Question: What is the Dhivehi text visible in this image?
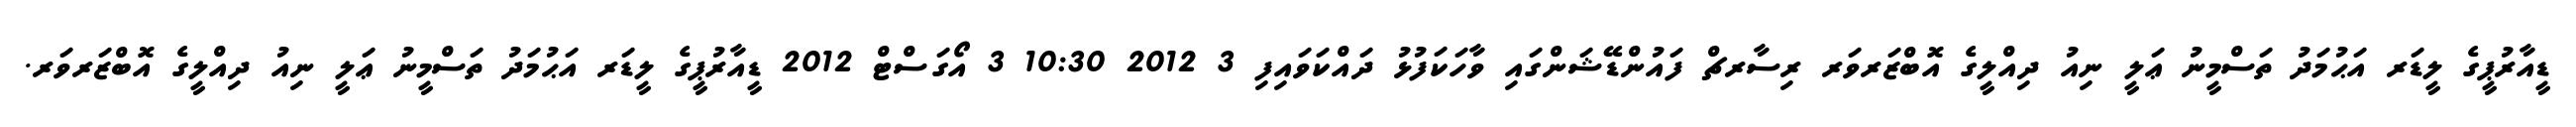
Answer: ޑީއާރުޕީގެ ލީޑަރ އަޙުމަދު ތަސްމީނު ޢަލީ ނިއު ދިއްލީގެ އޮބްޒަރވަރ ރިސާރޗް ފައުންޑޭޝަންގައި ވާހަކަފުޅު ދައްކަވައިފި 3 2012 10:30 3 އޯގަސްޓް 2012 ޑީއާރުޕީގެ ލީޑަރ އަޙުމަދު ތަސްމީނު ޢަލީ ނިއު ދިއްލީގެ އޮބްޒަރވަރ.